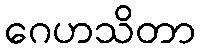
ဂေဟသိတာ